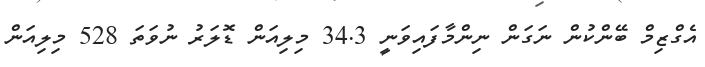
އެގްޒިމް ބޭންކުން ނަގަން ނިންމާފައިވަނީ 34.3 މިލިއަން ޑޮލަރު ނުވަތަ 528 މިލިއަން